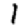
Digit: 1